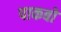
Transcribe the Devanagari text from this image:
पाकबो